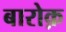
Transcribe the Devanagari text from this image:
बारोक़